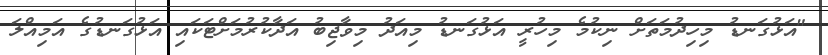
"އަޅުގަނޑު މިހިދުމަތަށް ނިކުމެ މިހުރީ އަޅުގަނޑު މިއަދު މިވާޖިބު އަދާކުރުމަށްޓަކައި އަޅުގަނޑުގެ އަމިއްލަ